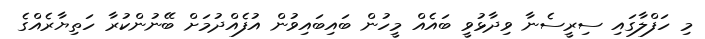
މި ހަފްލާގައި ސިރީސެނާ ވިދާޅުވީ ބައެއް މީހުން ބައިބައިވުން އުފެއްދުމަށް ބޭނުންކުރާ ހަތިޔާރެއްގެ